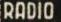
RADIO